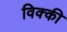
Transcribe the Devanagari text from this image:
विक्‍की